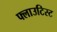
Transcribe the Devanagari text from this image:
फ्लाउटिस्ट